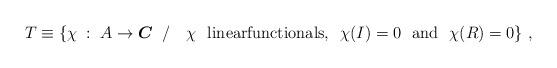
LaTeX: \begin{align*}T\equiv\{\chi\::~A\rightarrow \mbox{\boldmath$C$}~\:/~~~ \chi ~ \mbox{ linearfunctionals, }~\chi (I)=0~\mbox{ and }~ \chi(R)=0 \} ~,\end{align*}